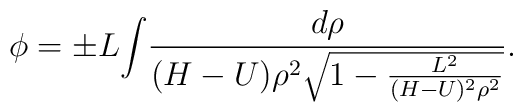
{\phi}={\pm }L{{\int} {d\rho \over {(H-U)\rho^{2} {\sqrt {1 -{L^{2} \over{(H-U)^{2} \rho^{2}}}}}}}}.